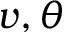
v , \theta